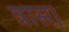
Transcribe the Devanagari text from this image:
त्रास।